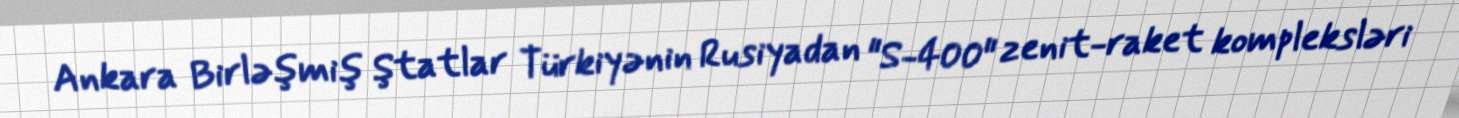
Ankara Birləşmiş Ştatlar Türkiyənin Rusiyadan "S-400" zenit-raket kompleksləri